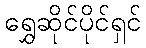
ရွှေဆိုင်ပိုင်ရှင်